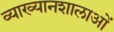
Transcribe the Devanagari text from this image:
व्याख्यानशालाओं